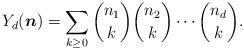
LaTeX: \begin{align*} Y_d (\boldsymbol{n}) = \sum_{k \geq 0} \binom{n_1}{k} \binom{n_2}{k} \cdots \binom{n_d}{k} . \end{align*}